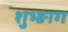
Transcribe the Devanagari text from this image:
शुभ्ङाग